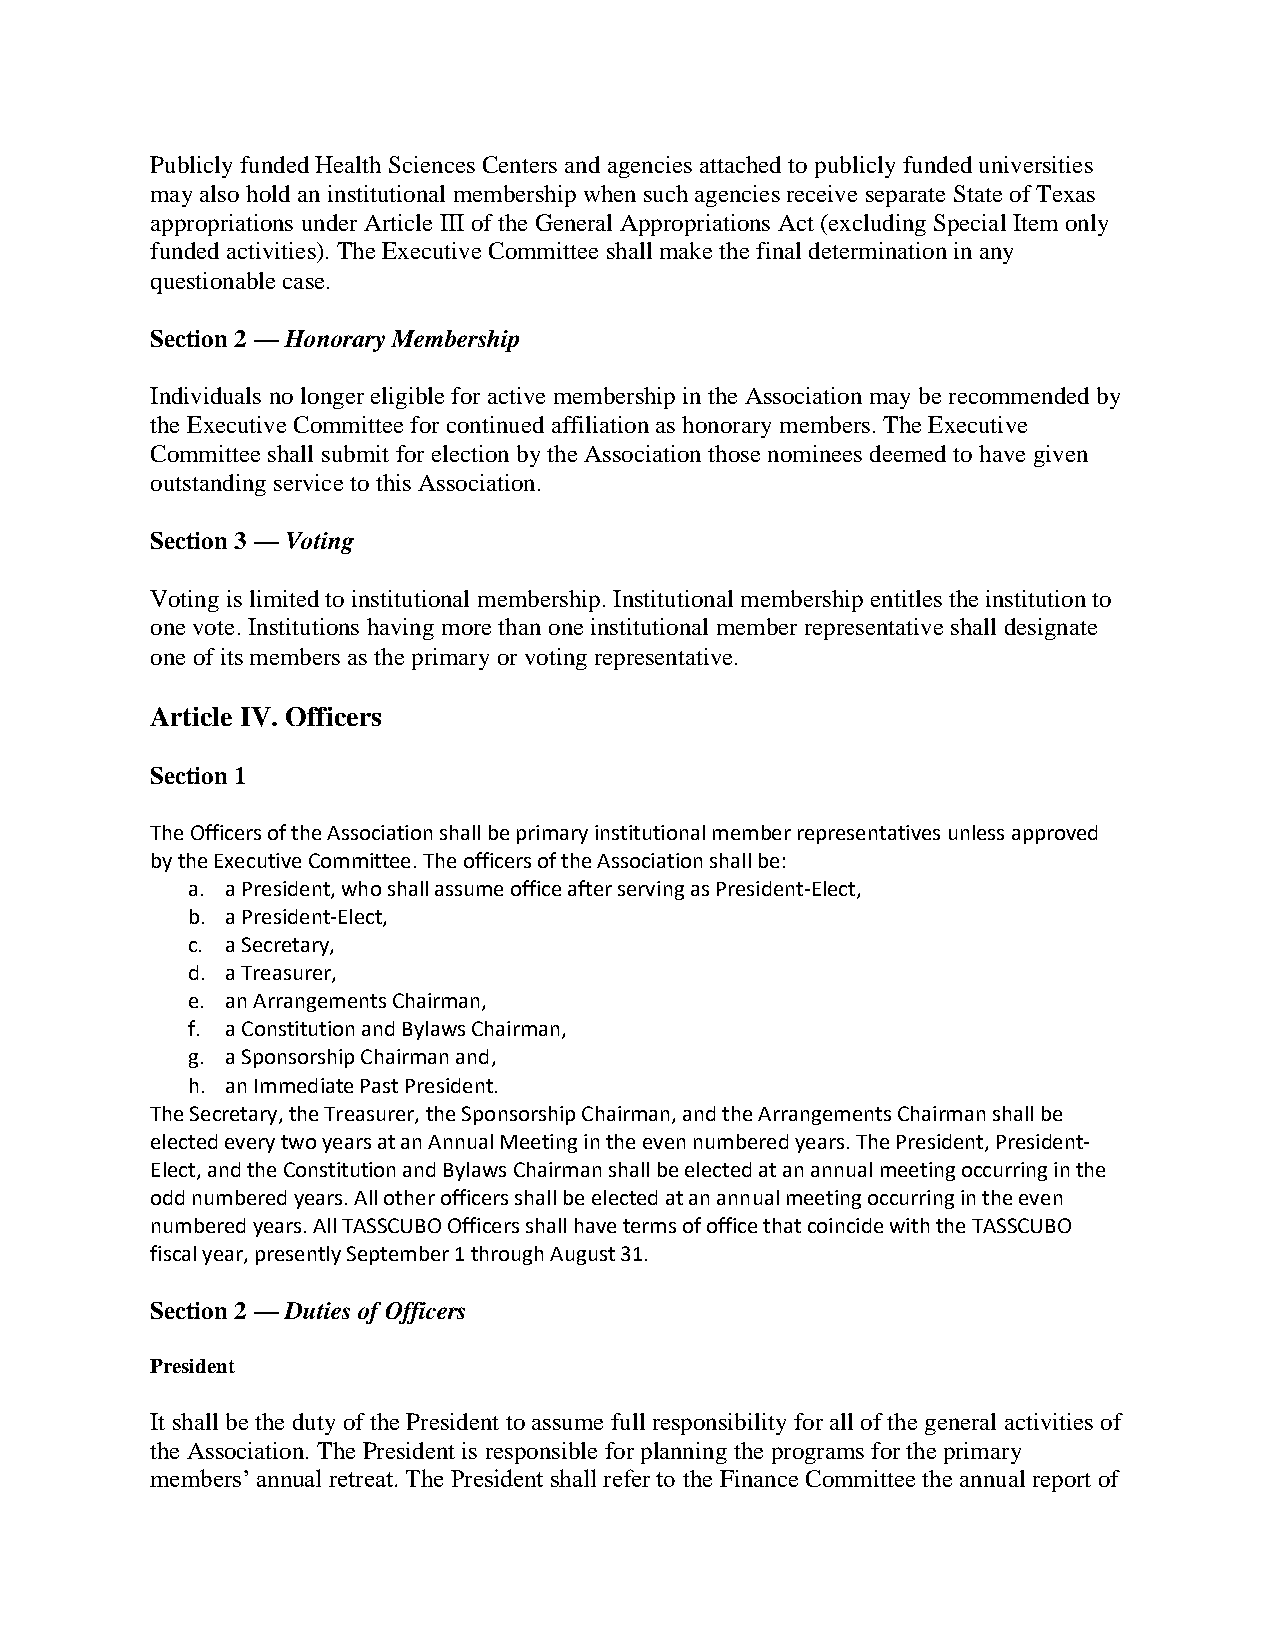
Publicly funded Health Sciences Centers and agencies attached to publicly funded universities
 may also hold an institutional membership when such agencies receive separate State of Texas
 appropriations under Article III of the General Appropriations Act (excluding Special Item only
 funded activities). The Executive Committee shall make the final determination in any
 questionable case.
 Section 2 — Honorary Membership
 Individuals no longer eligible for active membership in the Association may be recommended by
 the Executive Committee for continued affiliation as honorary members. The Executive
 Committee shall submit for election by the Association those nominees deemed to have given
 outstanding service to this Association.
 Section 3 — Voting
 Voting is limited to institutional membership. Institutional membership entitles the institution to
 one vote. Institutions having more than one institutional member representative shall designate
 one of its members as the primary or voting representative.
 Article IV. Officers
 Section 1
 The Officers of the Association shall be primary institutional member representatives unless approved
 by the Executive Committee. The officers of the Association shall be:
 a. a President, who shall assume office after serving as President-Elect,
 b. a President-Elect,
 c. a Secretary,
 d. a Treasurer,
 e. an Arrangements Chairman,
 f. a Constitution and Bylaws Chairman,
 g. a Sponsorship Chairman and,
 h. an Immediate Past President.
 The Secretary, the Treasurer, the Sponsorship Chairman, and the Arrangements Chairman shall be
 elected every two years at an Annual Meeting in the even numbered years. The President, President-
 Elect, and the Constitution and Bylaws Chairman shall be elected at an annual meeting occurring in the
 odd numbered years. All other officers shall be elected at an annual meeting occurring in the even
 numbered years. All TASSCUBO Officers shall have terms of office that coincide with the TASSCUBO
 fiscal year, presently September 1 through August 31.
 Section 2 — Duties of Officers
 President
 It shall be the duty of the President to assume full responsibility for all of the general activities of
 the Association. The President is responsible for planning the programs for the primary
 members’ annual retreat. The President shall refer to the Finance Committee the annual report of